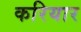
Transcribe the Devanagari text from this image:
करियार